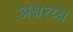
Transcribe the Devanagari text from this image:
अक्षरय्य